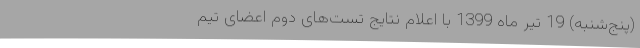
(پنج‌شنبه) 19 تیر ماه 1399 با اعلام نتایج تست‌های دوم اعضای تیم‌